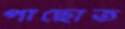
পাছোত